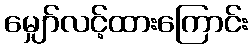
မျှော်လင့်ထားကြောင်း